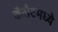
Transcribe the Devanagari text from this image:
कॅसेटमध्ये